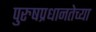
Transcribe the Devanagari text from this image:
पुरुषप्रधानतेच्या